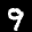
Label: 9